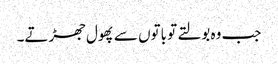
جب وہ بولتے تو باتوں سے پھول جھڑتے۔